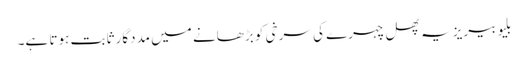
بلیو بیریز یہ پھل چہرے کی سرخی کو بڑھانے میں مددگار ثابت ہوتا ہے۔